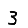
Digit: 3